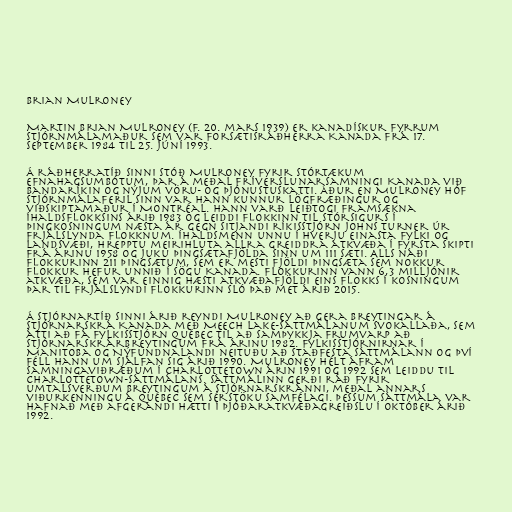
Brian Mulroney

Martin Brian Mulroney (f. 20. mars 1939) er kanadískur fyrrum
stjórnmálamaður sem var forsætisráðherra Kanada frá 17.
september 1984 til 25. júní 1993.

Á ráðherratíð sinni stóð Mulroney fyrir stórtækum
efnahagsumbótum, þar á meðal fríverslunarsamningi Kanada við
Bandaríkin og nýjum vöru- og þjónustuskatti. Áður en Mulroney hóf
stjórnmálaferil sinn var hann kunnur lögfræðingur og
viðskiptamaður í Montréal. Hann varð leiðtogi Framsækna
íhaldsflokksins árið 1983 og leiddi flokkinn til stórsigurs í
þingkosningum næsta ár gegn sitjandi ríkisstjórn Johns Turner úr
Frjálslynda flokknum. Íhaldsmenn unnu í hverju einasta fylki og
landsvæði, hrepptu meirihluta allra greiddra atkvæða í fyrsta skipti
frá árinu 1958 og juku þingsætafjölda sinn um 111 sæti. Alls náði
flokkurinn 211 þingsætum, sem er mesti fjöldi þingsæta sem nokkur
flokkur hefur unnið í sögu Kanada. Flokkurinn vann 6,3 milljónir
atkvæða, sem var einnig hæsti atkvæðafjöldi eins flokks í kosningum
þar til Frjálslyndi flokkurinn sló það met árið 2015.

Á stjórnartíð sinni árið reyndi Mulroney að gera breytingar á
stjórnarskrá Kanada með Meech Lake-sáttmálanum svokallaða, sem
átti að fá fylkisstjórn Québec til að samþykkja frumvarp að
stjórnarskrárbreytingum frá árinu 1982. Fylkisstjórnirnar í
Manitoba og Nýfundnalandi neituðu að staðfesta sáttmálann og því
féll hann um sjálfan sig árið 1990. Mulroney hélt áfram
samningaviðræðum í Charlottetown árin 1991 og 1992 sem leiddu til
Charlottetown-sáttmálans. Sáttmálinn gerði ráð fyrir
umtalsverðum breytingum á stjórnarskránni, meðal annars
viðurkenningu á Québec sem sérstöku samfélagi. Þessum sáttmála var
hafnað með afgerandi hætti í þjóðaratkvæðagreiðslu í október árið
1992.